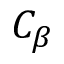
C _ { \beta }